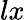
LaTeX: lx